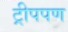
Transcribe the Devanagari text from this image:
ट्रीपपण